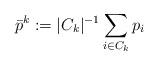
LaTeX: \begin{align*}\bar p^k := |C_k|^{-1}\sum_{i\in C_k} p_i\end{align*}